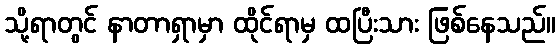
သို့ရာတွင် နာတာရှာမှာ ထိုင်ရာမှ ထပြီးသား ဖြစ်နေသည်။